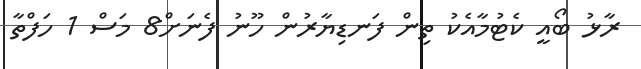
ރާޅު ބޯއީ ކެޓުމާއެކު ތިން ފަނޑިޔާރުން ހޫނު ފެނަށް8 މަސް 1 ހަފްތާ